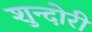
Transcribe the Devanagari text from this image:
शुन्दोरी